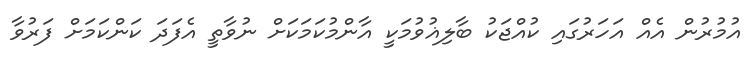
އުމުރުން އެއް އަހަރުގައި ކުއްޖަކު ބާލިޣުވުމަކީ އާންމުކަމަކަށް ނުވާތީ އެފަދަ ކަންކަމަށް ފަރުވާ